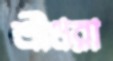
শ্রীধরা